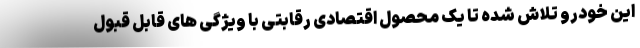
این خودرو تلاش شده تا یک محصول اقتصادی رقابتی با ویژگی های قابل قبول